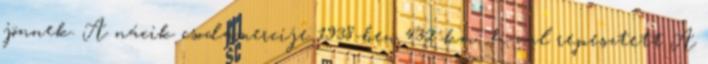
jönnek. A nácik csodamercije 1938-ben 432 km h-val repesztett A